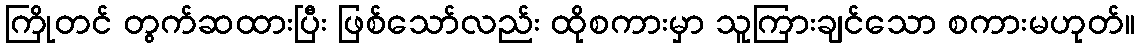
ကြိုတင် တွက်ဆထားပြီး ဖြစ်သော်လည်း ထိုစကားမှာ သူကြားချင်သော စကားမဟုတ်။